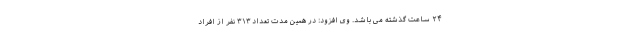
۲۴ ساعت گذشته می باشد. وی افزود: در همین مدت تعداد ۳۱۳ نفر از افراد